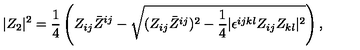
| Z _ { 2 } | ^ { 2 } = { \frac { 1 } { 4 } } \left( Z _ { i j } \bar { Z } ^ { i j } - \sqrt { ( Z _ { i j } \bar { Z } ^ { i j } ) ^ { 2 } - { \frac { 1 } { 4 } } | \epsilon ^ { i j k l } Z _ { i j } Z _ { k l } | ^ { 2 } } \right) ,